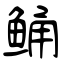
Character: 鲬